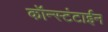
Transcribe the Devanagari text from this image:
कॉन्स्टंटाईन